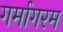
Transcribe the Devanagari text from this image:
गर्मागरम